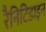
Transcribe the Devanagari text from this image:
रैनिटिडाइन